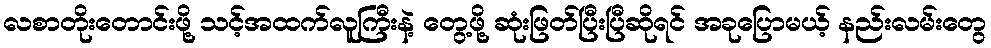
လစာတိုးတောင်းဖို့ သင့်အထက်လူကြီးနဲ့ တွေ့ဖို့ ဆုံးဖြတ်ပြီးပြီဆိုရင် အခုပြောမယ့် နည်းလမ်းတွေ